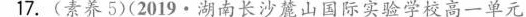
17.(素养5)(2019·湖南长沙麓山国际实验学校高一单元